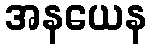
အနယေန